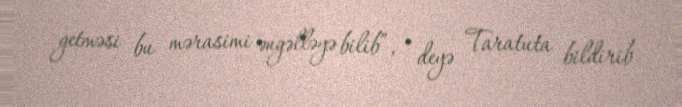
getməsi bu mərasimi əngəlləyə bilib”, - deyə Taratuta bildirib.